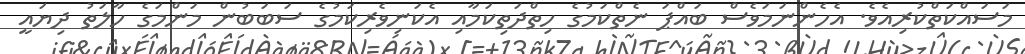
މަސައްކަތްކުރިއެވެ. އެހެންނަމަވެސް ބައްޕަ ނެތްކަމުގެ ހިތްދަތިކަމާއި އެކަނިވެރިކަމުގެ ސަބަބުން މަންމަގެ ހާލަތު ދިޔައީ